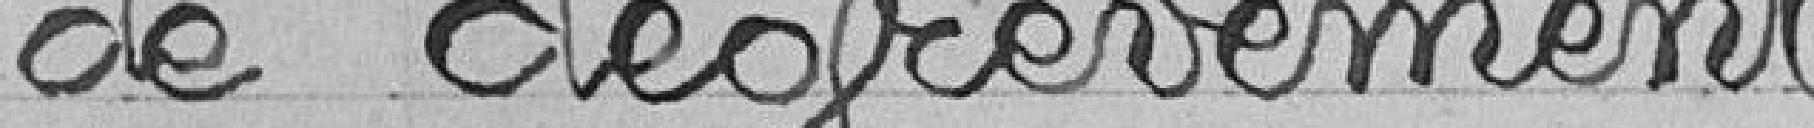
de dégrèvement